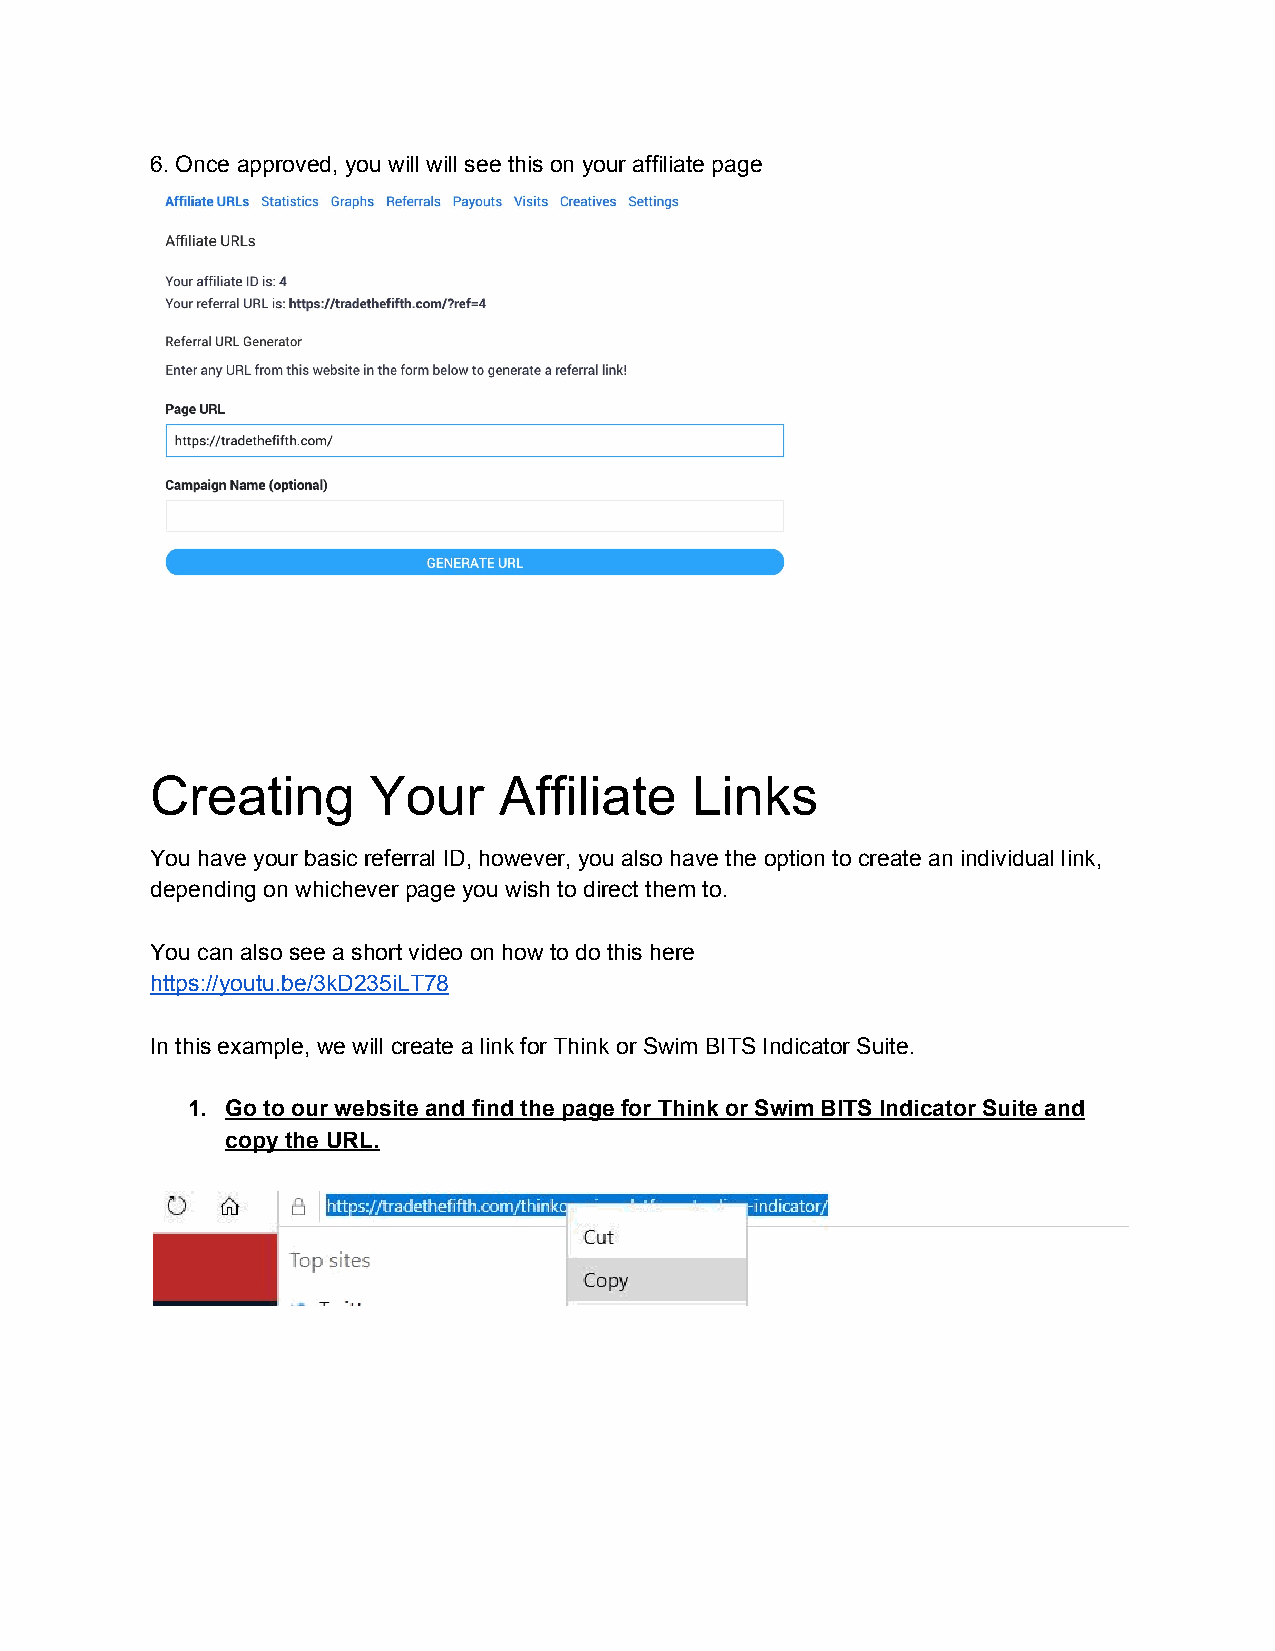
6. Once approved, you will will see this on your affiliate page
 Creating      Your     Affiliate    Links
 You have your basic referral ID, however, you also have the option to create an individual link,
 depending on whichever page you wish to direct them to.
 You can also see a short video on how to do this here
 https://youtu.be/3kD235iLT78
 In this example, we will create a link for Think or Swim BITS Indicator Suite.
 1. Go to our website and find the page for Think or Swim BITS Indicator Suite and
 copy the URL.